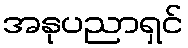
အနုပညာရှင်